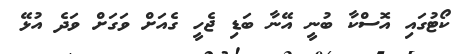
ކޯޓުގައި އޮސްކާ ބުނީ އޭނާ ބަޑި ޖެހީ ގެއަށް ވަގަށް ވަދެ އުޅޭ